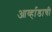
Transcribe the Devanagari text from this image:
आर्व्हाडाची